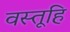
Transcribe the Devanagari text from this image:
वस्तूहि